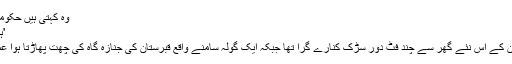
وہ کہتی ہیں حکومت بھی کچھ نہیں بتاتی،
'ہم کہاں جائیں، کیا کریں'
حال ہی میں ایک گولہ ان کے اس نئے گھر سے چند فٹ دور سڑک کنارے گرا تھا جبکہ ایک گولہ سامنے واقع قبرستان کی جنازہ گاہ کی چھت پھاڑتا ہوا عمارت میں گھس گیا تھا۔